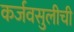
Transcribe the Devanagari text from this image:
कर्जवसुलीची